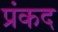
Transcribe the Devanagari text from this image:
प्रंकद